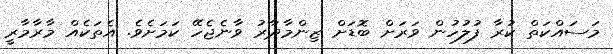
މަސައްކަތް ކުރާ ފުލުހުން ވަރަށް ބޮޑަށް ޒިންމާދާރު ވާނެޖެހޭ ކަމަށެވެ. އެތަކެއް މާރާމާރީ